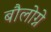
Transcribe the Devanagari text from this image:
बौलोग्ने